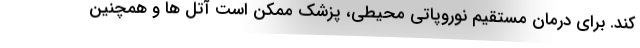
کند. برای درمان مستقیم نوروپاتی محیطی، پزشک ممکن است آتل ها و همچنین